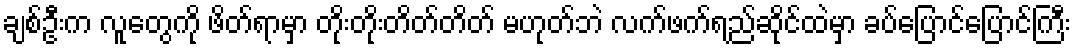
ချစ်ဦးက လူတွေကို ဖိတ်ရာမှာ တိုးတိုးတိတ်တိတ် မဟုတ်ဘဲ လက်ဖက်ရည်ဆိုင်ထဲမှာ ခပ်ပြောင်ပြောင်ကြီး